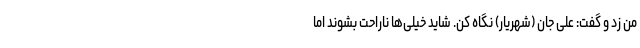
من زد و گفت: علی جان (شهریار) نگاه کن. شاید خیلی‌ها ناراحت بشوند اما